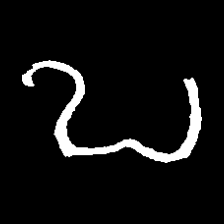
Pyu character \u2014 Myanmar letter: ဎ (romanized: ddha)